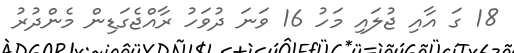
18 ގަ އާއި ޖުލައި މަހު 16 ވަނަ ދުވަހު ރާއްޖެގަޑިން މެންދުރު